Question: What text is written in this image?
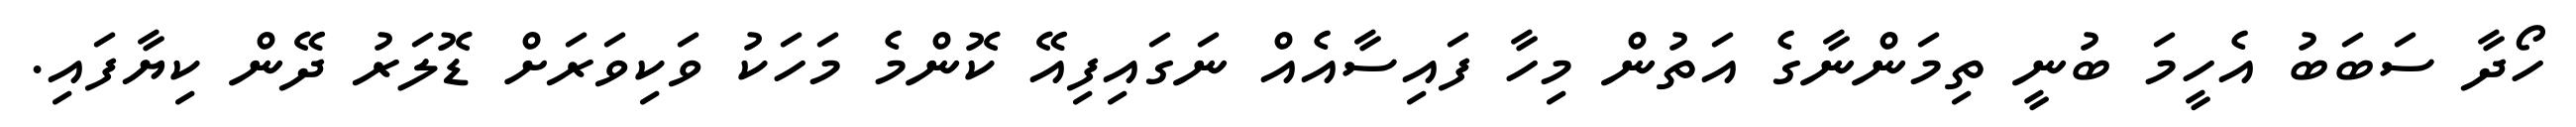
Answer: ހޯދާ ސަބަބު އެހީމަ ބުނީ ތިމަންނާގެ އަތުން މިހާ ފައިސާއެއް ނަގައިފިއޭ ކޮންމެ މަހަކު ވަކިވަރަށް ޑޮލަރު ދޭން ކިޔާފައި.